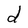
Character: d